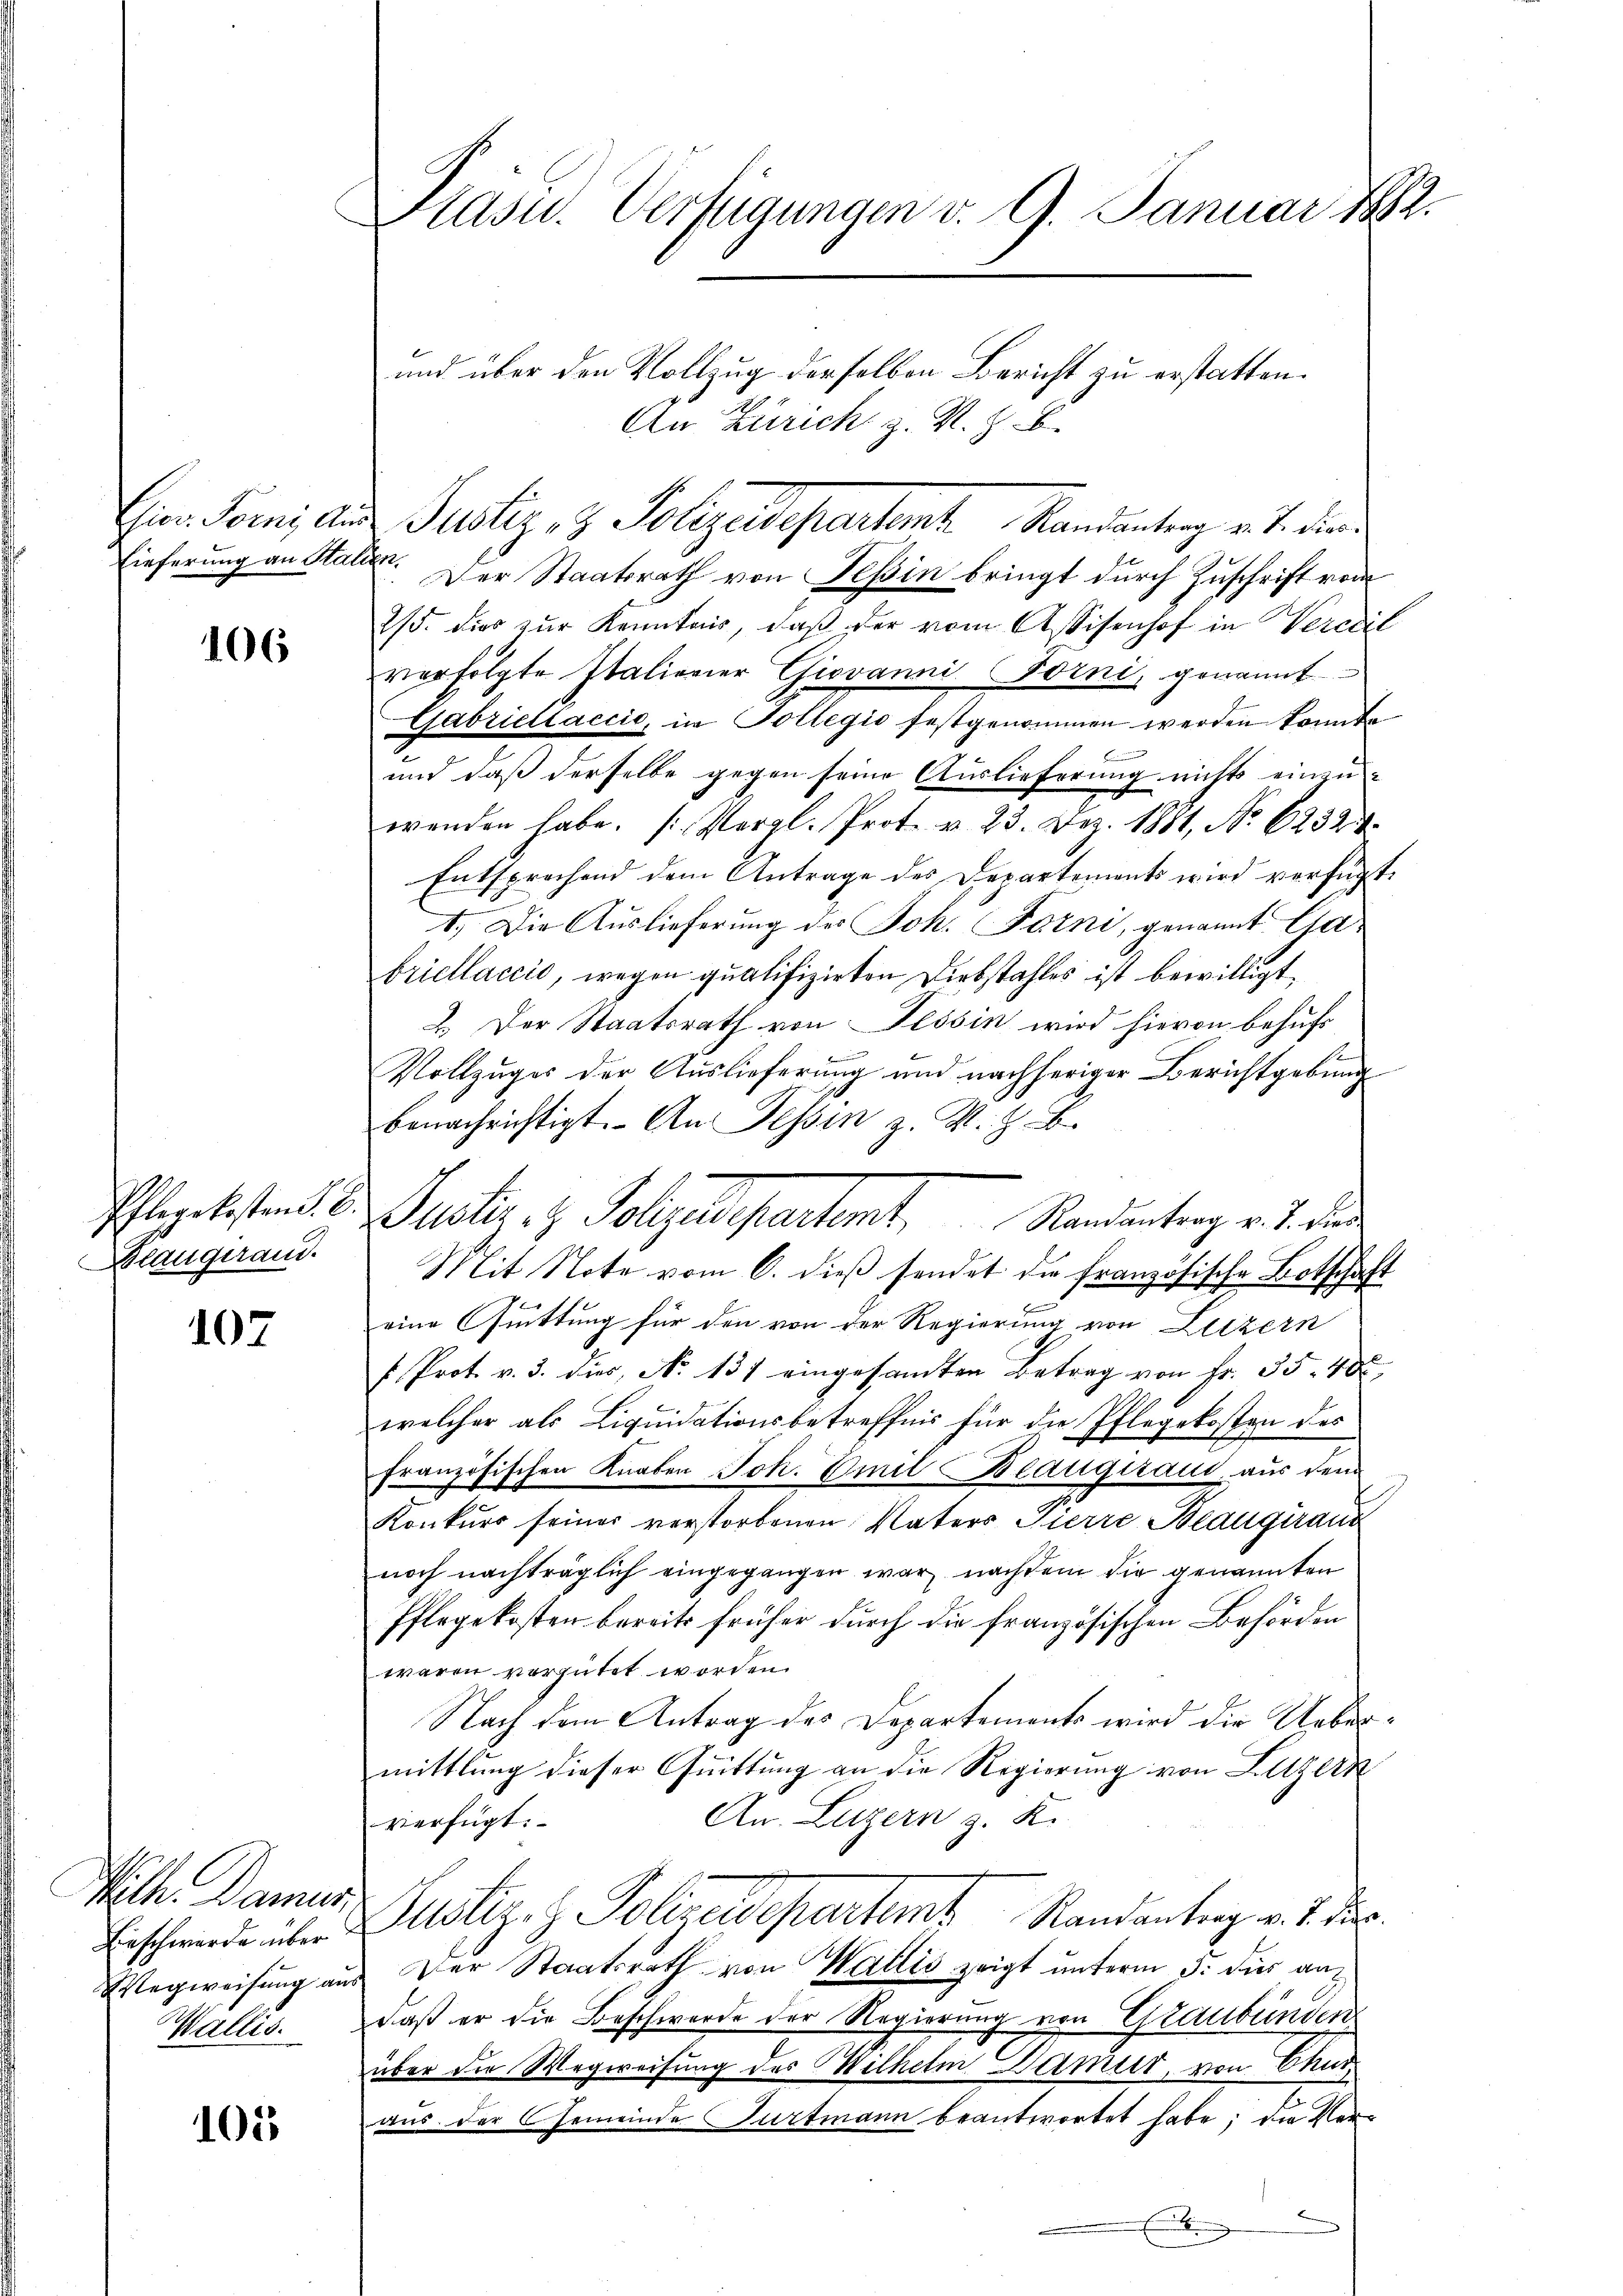
Chier Torni Aus¬
Lieferung an Stall

106

Pflegekosten §. 2.
Blaugerand.

107

Wilh. Damus
Beschwürde über
Wegweisung aus
Wallis.

105

Präsid.. Verfügungen v. 9. Januar 1882.
und über den Vollzug derselben Bericht zu erstatten.

An Zürich z. K. Z. B.
. Der Staatsrath von Tessin bringt durch Zuschrift vom
2/5. dies zur Kenntnis, daß der vom Assisenhof in Vercdil
verfolgte Italionier Giovanni Forni, genannt
Gabriellaccio, in Tollegio festgenommen werden könnte.
B
und daß derselbe gegen seine Auslieferung nichts einen-
wenden habe. (Vergl. Prot. v. 23. Dez. 1881, No. 6232.
Entsprochend dem Antrage des Departements wird verfügt:
1.) Die Auslieferung des Joh. Forni, genannt Gabriellaccio, wegen qualifizirten Diebstahles ist bewilligt,
2. Der Staatsrath von Tessin wird hievon behufs
Vollzuges der Auslieferung und nachheriger Berichtgebung
benachrichtigt. An Tessin z. K. Z. B.
Mit Note vom 6. dieβ sendet die französische Botschaft
eine Quittung für den von der Regierung von Luzern
f Prot. v. 3. dies, No 131 eingesandten Betrag von Fr. 35. 48,
welcher als Liquidationsbetreffnis für die Pflegekosten des
französischen Knaben Joh. Emil Beaugiraut, aus dem
Konkurs seiner verstorbenen Vaters Pierre Beauguranz
noch nachträglich eingegangen war nachdem die genannten
Pflegekosten bereits früher durch die französischen Behörden
waren vergütet worden.
Nach dem Antrag des Departements wird die Uebermittlung dieser Quittung an die Regierung von Kitzern
An. Luzern z. R.
verfügt:
Justiz z. Polizeisepartens Randantrag v. J. der
Der Staatsrath von Wallis zeigt unterm 3. dies andaß er die Beschwerde der Regierung von Graubünden
über die Wegweisung des Wilhelm Damur, von Chur
aus der Gemeinde Gurtmann beantwortet habe; die Ver¬
 E

Justiz & Polizeidepartent Landantrag v. J. die

Justi. 1. Folgendepartient. Standentrag v. de